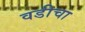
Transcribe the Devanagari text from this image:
वडीचा